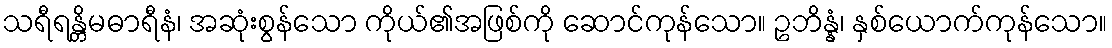
သရီရန္တိမဓာရီနံ၊ အဆုံးစွန်သော ကိုယ်၏အဖြစ်ကို ဆောင်ကုန်သော။ ဥဘိန္နံ၊ နှစ်ယောက်ကုန်သော။